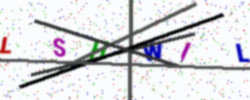
Text: LSHWIL